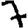
Digit: 7